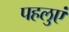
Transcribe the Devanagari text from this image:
पहलुएं